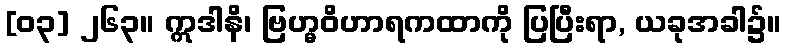
[၀၃] ၂၆၃။ ဣဒါနိ၊ ဗြဟ္မဝိဟာရကထာကို ပြပြီးရာ, ယခုအခါ၌။